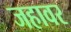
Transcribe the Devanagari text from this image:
जहावर